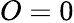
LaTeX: O=0